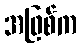
အဖြစ်က